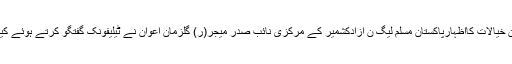
ان خیالات کااظہارپاکستان مسلم لیگ ن آزادکشمیر کے مرکزی نائب صدر میجر(ر) گلزمان اعوان نے ٹیلیفونک گفتگو کرتے ہوئے کیا۔